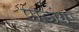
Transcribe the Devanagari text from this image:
पाडांग